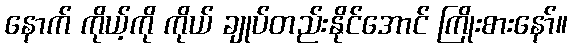
နောက် ကိုယ့်ကို ကိုယ် ချုပ်တည်းနိုင်အောင် ကြိုးစားနော်။